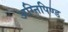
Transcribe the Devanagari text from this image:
अग्निपिण्ड